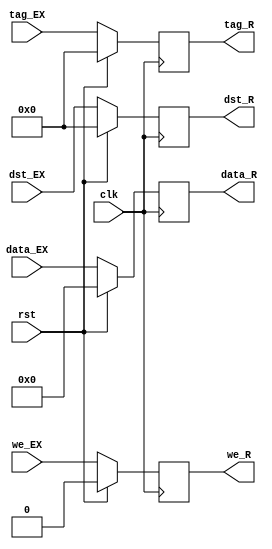
module INT_REG(

input clk, rst, we_EX,
input [4:0] dst_EX, tag_EX,
input [31:0] data_EX,

output we_R,
output [4:0] dst_R, tag_R,
output [31:0] data_R

);

	reg we;
	
	reg [4:0] dst;
	
	reg [4:0] tag;
	
	reg [31:0] data;
	
	
	assign we_R   = we;
	
	assign dst_R  = dst;
	
	assign tag_R  = tag;
	
	assign data_R = data;
	
	
	always@(posedge clk) begin
	
		if (rst) begin
		
			we   <= 1'b0;
		
			dst  <= 5'b0;
			
			tag  <= 5'b0;
			
			data <= 32'b0;
		
		end
		
		else begin
		
			we   <= we_EX;
			
			dst  <= dst_EX;
			
			tag  <= tag_EX;
			
			data <= data_EX;
		
		end
	
	
	end

endmodule